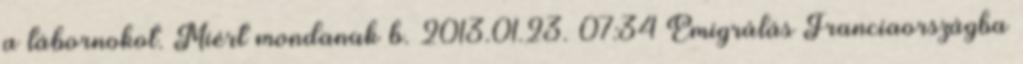
a tábornokot. Miért mondanak b. 2013.01.23. 07:34 Emigrálás Franciaországba